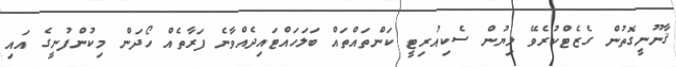
ޤާނޫނީގޮތުން ގެޒެޓްކުރެވޭ ލިޔުން ސެކިއުރިޓީ ކަންތައްތައް ބަލަހައްޓައިދެއްވާނެ ފަރާތެއް ހޯދަން މިކުންފުނީގެ އައި